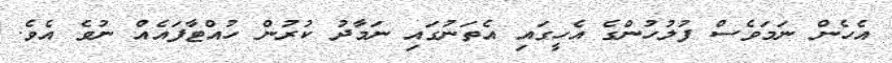
އެހެން ނަމަވެސް ފުލުހުންގެ އެހީގައި އެތަނުގައި ނަމާދު ކުރުން ހުއްޓާފައެއް ނުވެ އެވެ.